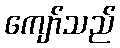
ကျော်သည်